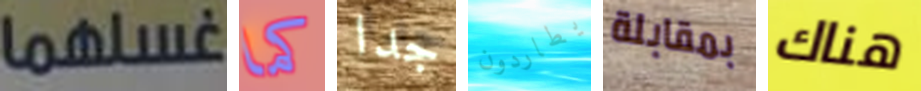
غسلهما كما جدا يطاردون بمقابلة هناك